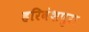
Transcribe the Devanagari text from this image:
हरिवंशपुरा